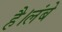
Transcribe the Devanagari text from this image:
है।लंबे